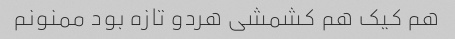
هم کیک هم کشمشی هردو تازه بود ممنونم